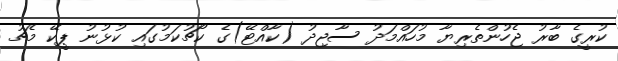
ކުރީގެ ބާރު ޖެހުންތެރިޔާ މުހައްމަދު ސާޖިދު (ކާއްޓޭ)ގެ ކޯޗުކަމުގައި ކުޅުނު ޕީކޭ މެޗު